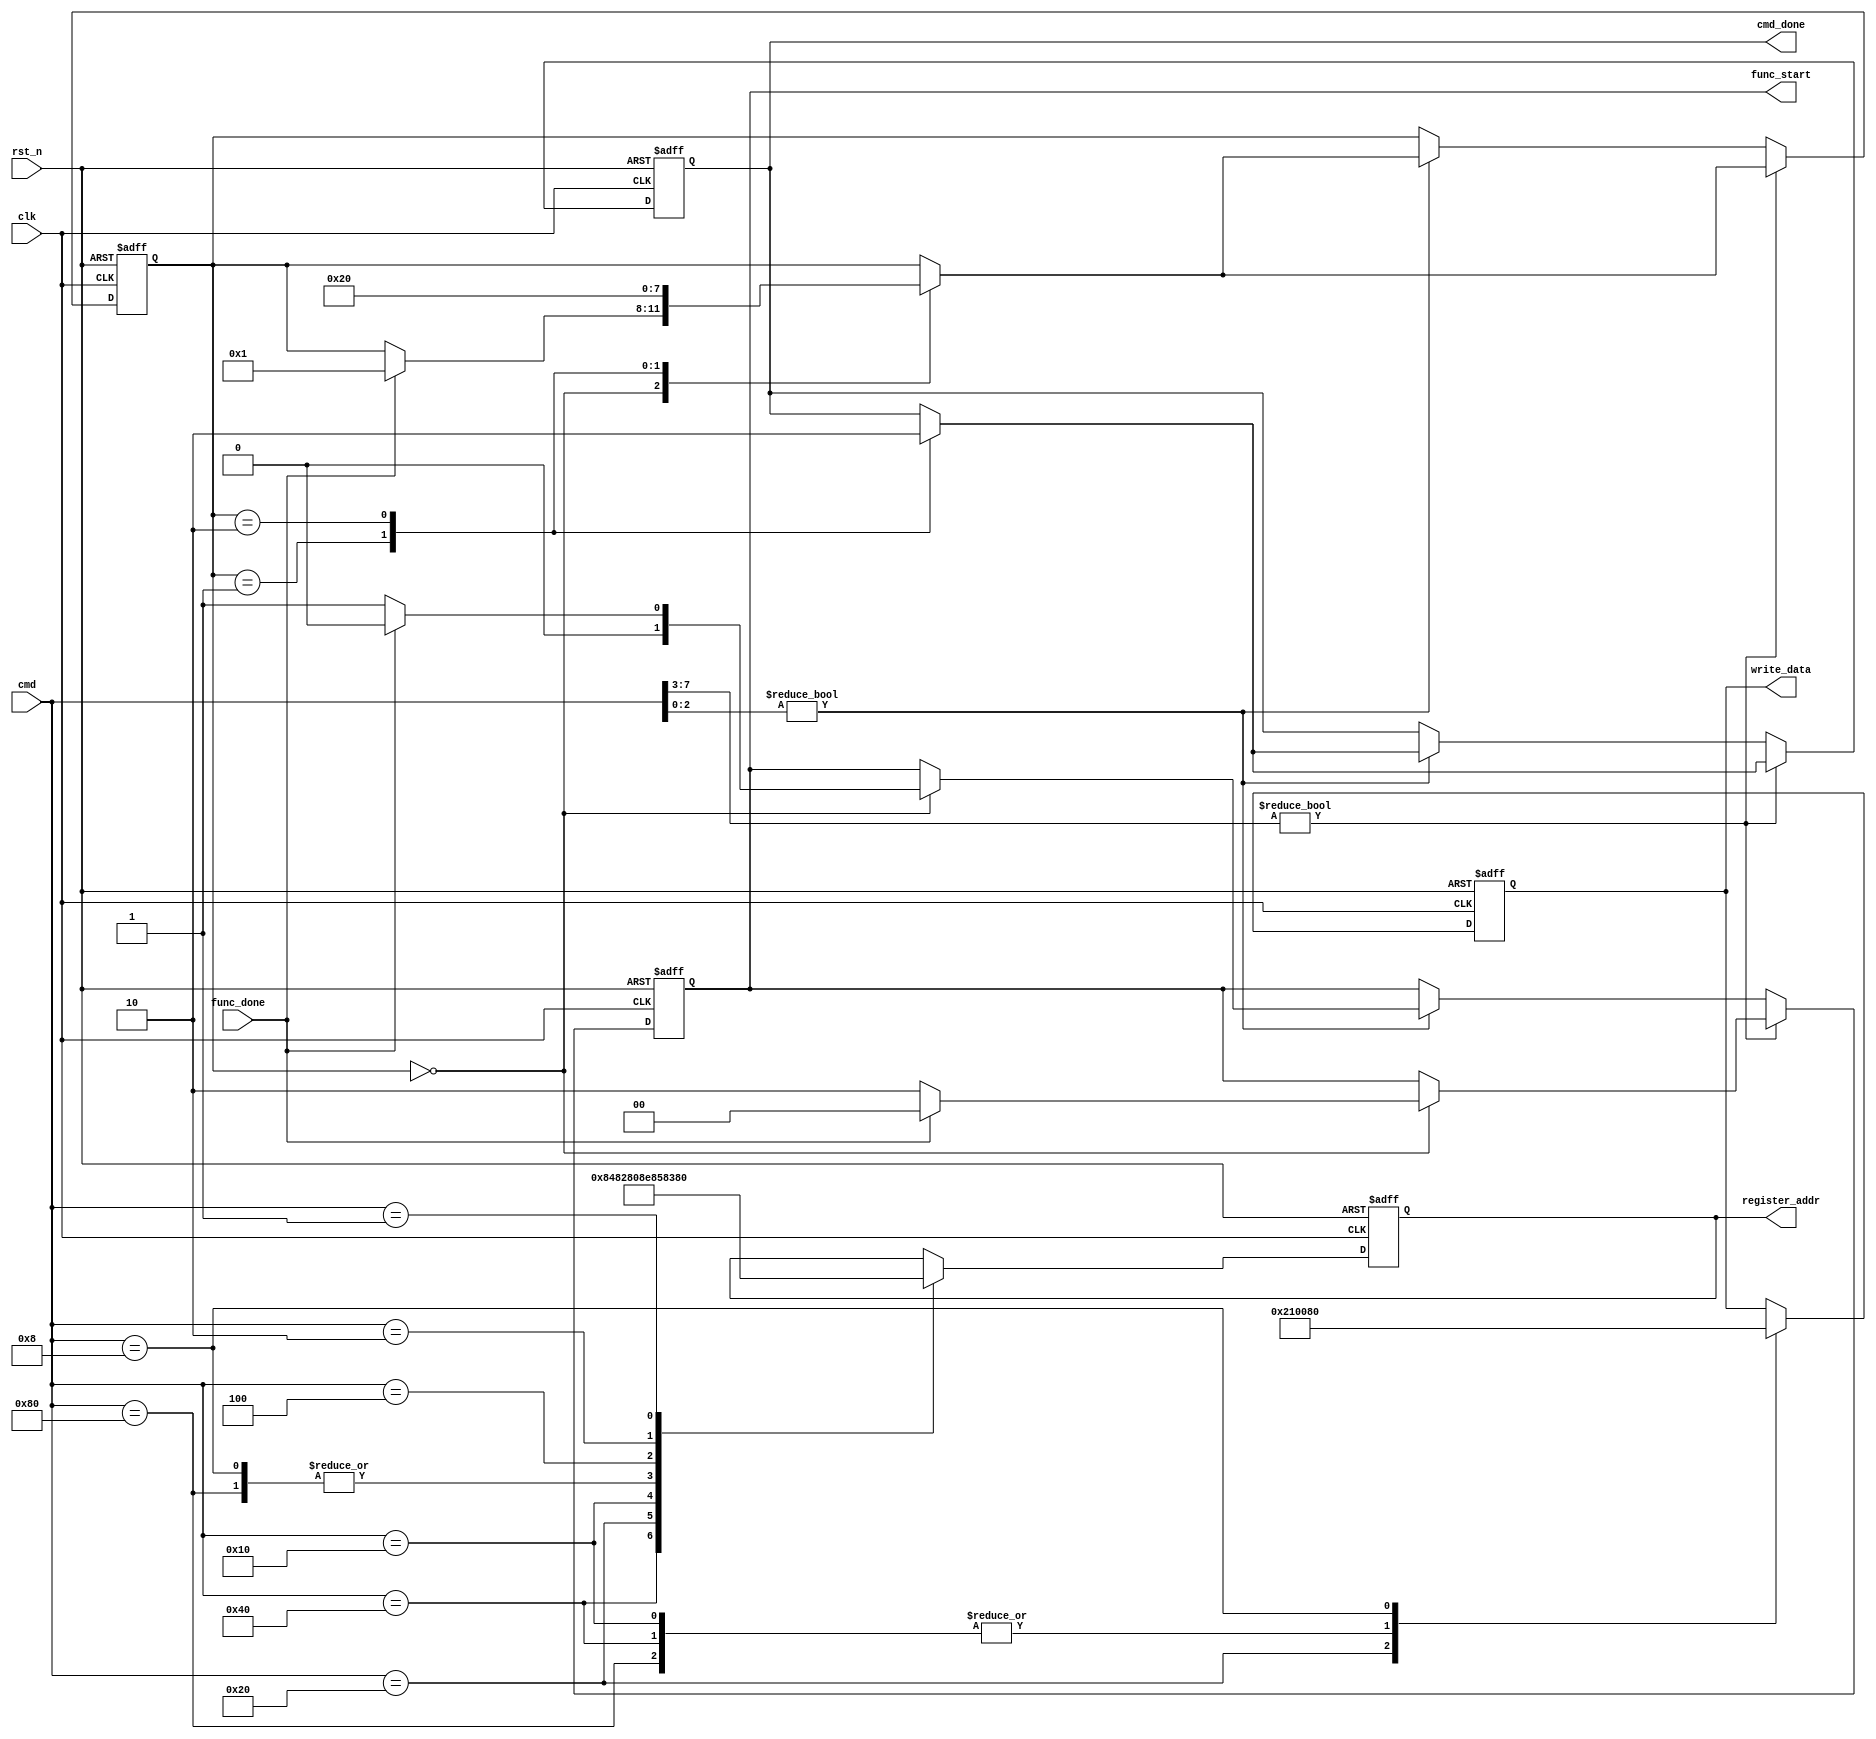
module ds_command
(
    input clk,
    input rst_n,
    
    input [7:0] cmd,
    output reg cmd_done,
    
    input func_done,
    output reg [1:0] func_start,
    output reg [7:0] register_addr,
    output reg [7:0] write_data
);


    parameter write_unprotect       = 8'b1000_0000;
    parameter write_hour            = 8'b0100_0000;
    parameter write_minit           = 8'b0010_0000;
    parameter write_second          = 8'b0001_0000;
    parameter write_protect         = 8'b0000_1000;
    parameter read_hour             = 8'b0000_0100;
    parameter read_minit            = 8'b0000_0010;
    parameter read_second           = 8'b0000_0001;
    
    
    always @(posedge clk or negedge rst_n)
    begin
        if(!rst_n)
        begin
            register_addr <= 8'd0;
            write_data <= 8'd0;
        end
        else
        begin
            case(cmd)
                write_unprotect:
                    begin
                        register_addr <= {2'b10, 5'd7, 1'b0};
                        write_data <= 8'h00;
                    end
                
                write_hour: //24 
                    begin
                        register_addr <= {2'b10, 5'd2, 1'b0};
                        write_data <= 8'h00;
                    end
                
                write_minit: //15
                    begin
                        register_addr <= {2'b10, 5'd1, 1'b0};
                        write_data <= 8'h21;
                    end
                
                write_second: //
                    begin
                        register_addr <= {2'b10, 5'd0, 1'b0};
                        write_data <= 8'h00;
                    end
                
                write_protect:
                    begin
                        register_addr <= {2'b10, 5'd7, 1'b0};
                        write_data <= 8'h80;
                    end
                
                read_hour:
                    begin
                        register_addr <= {2'b10, 5'd2, 1'b1};
                    end
                
                read_minit:
                    begin
                        register_addr <= {2'b10, 5'd1, 1'b1};
                    end
                
                read_second:
                    begin
                        register_addr <= {2'b10, 5'd0, 1'b1};
                    end
            endcase
        end
    end
    
    
    
    reg [3:0] i;
    
    always @(posedge clk or negedge rst_n)
    begin
        if(!rst_n)
        begin
            i <= 4'd0;
            func_start <= 2'b00;
            cmd_done <= 1'b0;
        end
        else if(cmd[7:3]) //write operation
        begin
            case(i)
                0:
                    if(func_done)
                    begin
                        i <= 1;
                        func_start <= 2'b00;
                    end
                    else
                        func_start <= 2'b10;
                        
                1:
                    begin
                        i <= 2;
                        cmd_done <= 1'b1;
                    end
                
                2:
                    begin
                        i <= 0;
                        cmd_done <= 1'b0;
                    end
            endcase
        end
        else if(cmd[2:0]) //read operation
        begin
            case(i)
                0:
                    if(func_done)
                    begin
                        i <= 1;
                        func_start <= 2'b00;
                    end
                    else
                        func_start <= 2'b01;
                        
                1:
                    begin
                        i <= 2;
                        cmd_done <= 1'b1;
                    end
                
                2:
                    begin
                        i <= 0;
                        cmd_done <= 1'b0;
                    end
            endcase
        end
    end
    
endmodule